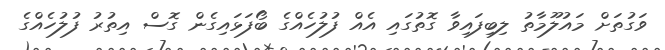
ވަގުތަށް މައުލޫމާތު ލިބިފައިވާ ގޮތުގައި އެއް ފުލުހެއްގެ ބޯފަޅައިގެން ގޮސް އިތުރު ފުލުހެއްގެ